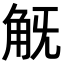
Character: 𧢾